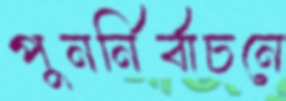
পুনর্নির্বাচনে